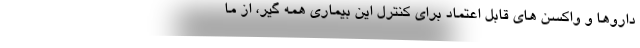
داروها و واکسن های قابل اعتماد برای کنترل این بیماری همه گیر، از ما